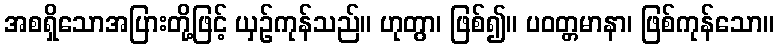
အစရှိသောအပြားတို့ဖြင့် ယှဉ်ကုန်သည်။ ဟုတွာ၊ ဖြစ်၍။ ပဝတ္တမာနာ၊ ဖြစ်ကုန်သော။